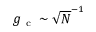
g _ { \mathrm { ~ c ~ } } \sim \sqrt { N } ^ { - 1 }